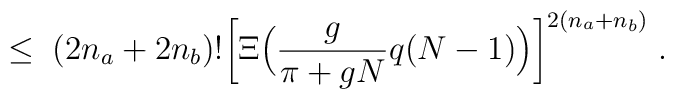
\leq \;(2n_a + 2n_b)! \bigg[ \Xi \Big(\frac{g}{\pi+gN}q(N-1)\Big)\bigg]^{2(n_a+n_b)} \; .